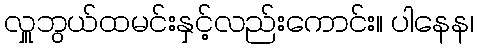
လှူဘွယ်ထမင်းနှင့်လည်းကောင်း။ ပါနေန၊